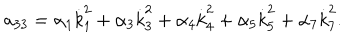
LaTeX: a _ { 3 3 } = \alpha _ { 1 } \dot { k } _ { 1 } ^ { 2 } + \alpha _ { 3 } \dot { k } _ { 3 } ^ { 2 } + \alpha _ { 4 } \dot { k } _ { 4 } ^ { 2 } + \alpha _ { 5 } \dot { k } _ { 5 } ^ { 2 } + \alpha _ { 7 } \dot { k } _ { 7 } ^ { 2 } .